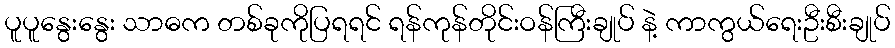
ပူပူနွေးနွေး သာဓက တစ်ခုကိုပြရရင် ရန်ကုန်တိုင်းဝန်ကြီးချုပ် နဲ့ ကာကွယ်ရေးဦးစီးချုပ်